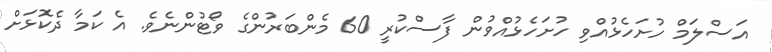
އަސްލަމް ހުށަހެޅުއްވި ހުށަހެޅުއްވުން ފާސްކުރީ 60 މެންބަރުންގެ ވޯޓުންނެވެ. އެ ކަމާ ދެކޮޅަށް